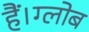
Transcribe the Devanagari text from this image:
हैं।ग्लोब